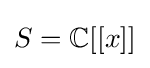
S=\mathbb {C} [[x]]